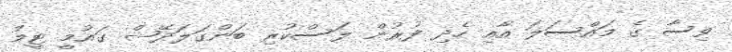
ވިސާ ގެ މައްސަލަ އާއި ހެދި ފުރުން ލަސްކުރި ބަންގަލަދޭޝް ގައުމީ ޓީމު